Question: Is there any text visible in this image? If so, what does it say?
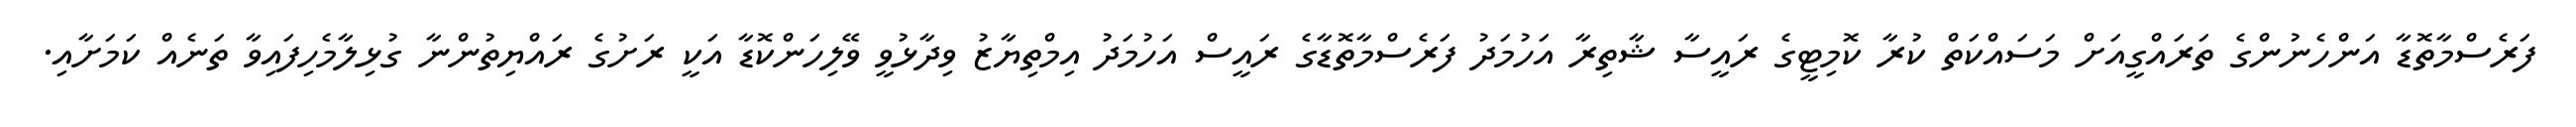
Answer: ފަރެސްމާތޮޑާ އަންހެނުންގެ ތަރައްގީއަށް މަސައްކަތް ކުރާ ކޮމިޓީގެ ރައީސާ ޝާތިރާ އަހުމަދު ފަރެސްމާތޮޑާގެ ރައީސް އަހުމަދު އިމްތިޔާޒު ވިދާޅުވީ ވޭލިހަންކޮޑާ އަކީ ރަށުގެ ރައްޔިތުންނާ ގުޅިލާމެހިފައިވާ ތަނެއް ކަމަށާއި.